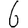
Digit: 6